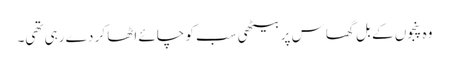
وہ پنجوں کے بل گھاس پر بیٹھی سب کو چائے اٹھا کر دے رہی تھی۔